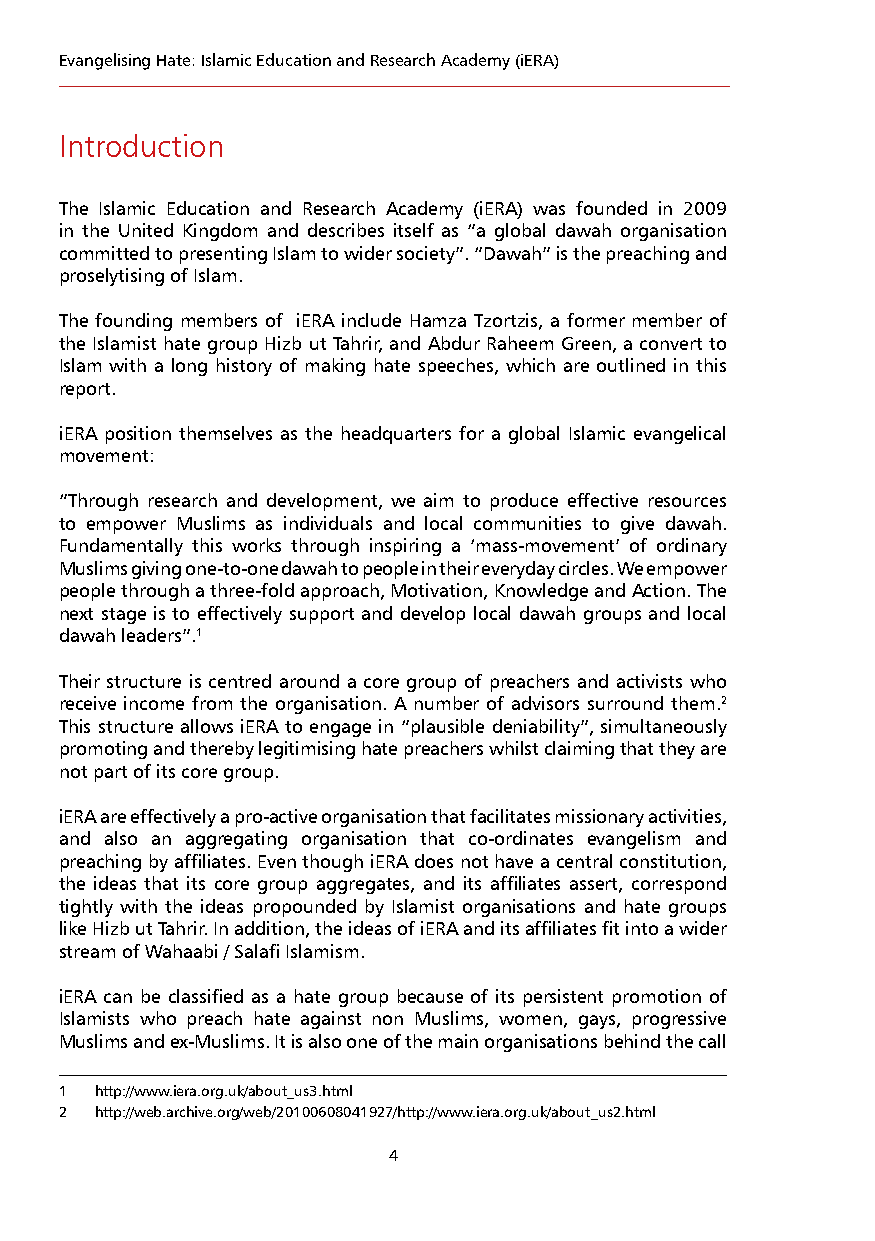
Evangelising Hate: Islamic Education and Research Academy (iERA)
 Introduction
 The Islamic Education and Research Academy (iERA) was founded in 2009
 in the United Kingdom and describes itself as “a global dawah organisation
 committed to presenting Islam to wider society”. “Dawah” is the preaching and
 proselytising of Islam.
 The founding members of iERA include Hamza Tzortzis, a former member of
 the Islamist hate group Hizb ut Tahrir, and Abdur Raheem Green, a convert to
 Islam with a long history of making hate speeches, which are outlined in this
 report.
 iERA position themselves as the headquarters for a global Islamic evangelical
 movement:
 “Through research and development, we aim to produce effective resources
 to empower Muslims as individuals and local communities to give dawah.
 Fundamentally this works through inspiring a ‘mass-movement’ of ordinary
 Muslims giving one-to-one dawah to people in their everyday circles. We empower
 people through a three-fold approach, Motivation, Knowledge and Action. The
 next stage is to effectively support and develop local dawah groups and local
 dawah leaders”.1
 Their structure is centred around a core group of preachers and activists who
 receive income from the organisation. A number of advisors surround them.2
 This structure allows iERA to engage in “plausible deniability”, simultaneously
 promoting and thereby legitimising hate preachers whilst claiming that they are
 not part of its core group.
 iERA are effectively a pro-active organisation that facilitates missionary activities,
 and also an aggregating organisation that co-ordinates evangelism and
 preaching by affiliates. Even though iERA does not have a central constitution,
 the ideas that its core group aggregates, and its affiliates assert, correspond
 tightly with the ideas propounded by Islamist organisations and hate groups
 like Hizb ut Tahrir. In addition, the ideas of iERA and its affiliates fit into a wider
 stream of Wahaabi / Salafi Islamism.
 iERA can be classified as a hate group because of its persistent promotion of
 Islamists who preach hate against non Muslims, women, gays, progressive
 Muslims and ex-Muslims. It is also one of the main organisations behind the call
 1 http://www.iera.org.uk/about_us3.html
 2 http://web.archive.org/web/20100608041927/http://www.iera.org.uk/about_us2.html
 4